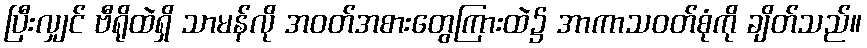
ပြီးလျှင် ဗီရိုထဲရှိ သာမန်လို အဝတ်အစားတွေကြားထဲ၌ အာကာသဝတ်စုံကို ချိတ်သည်။